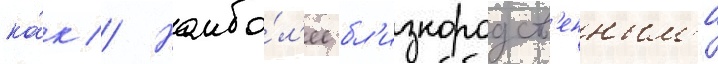
ка́к // Наибо́л'ее бл'изкородств'енным'и